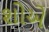
શોએ